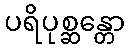
ပရိပုစ္ဆန္တော